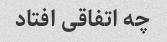
چه اتفاقی افتاد